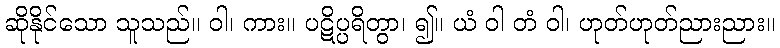
ဆိုနိုင်သော သူသည်။ ဝါ၊ ကား။ ပဋိပ္ပရိတွာ၊ ၍။ ယံ ဝါ တံ ဝါ၊ ဟုတ်ဟုတ်ညားညား။